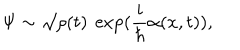
\Psi \sim \surd \rho ( t ) ~ \exp ( \frac { i } { \hbar } \alpha ( x , t ) ) ,